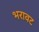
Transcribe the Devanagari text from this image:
भरावट